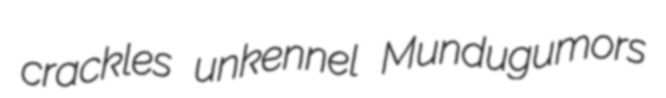
crackles unkennel Mundugumors